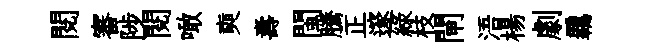
閲審陟閲噉奭夀閩騰正邃緑枝閘浯楊劇覊